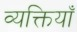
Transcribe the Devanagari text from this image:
व्यक्तियाँ